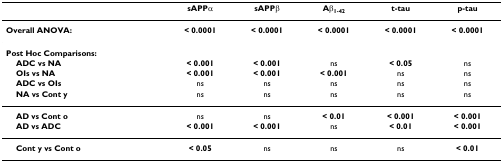
<table><thead><tr><td></td><td><b>sAPPα</b></td><td><b>sAPPβ</b></td><td><b>Aβ<sub>1-42</sub></b></td><td><b>t-tau</b></td><td><b>p-tau</b></td></tr></thead><tbody><tr><td><b>Overall ANOVA:</b></td><td><b>&lt; 0.0001</b></td><td><b>&lt; 0.0001</b></td><td><b>&lt; 0.0001</b></td><td><b>&lt; 0.0001</b></td><td><b>&lt; 0.0001</b></td></tr><tr><td><b>Post Hoc Comparisons:</b></td><td></td><td></td><td></td><td></td><td></td></tr><tr><td> <b>ADC vs NA</b></td><td><b>&lt; 0.001</b></td><td><b>&lt; 0.001</b></td><td>ns</td><td><b>&lt; 0.05</b></td><td>ns</td></tr><tr><td> <b>OIs vs NA</b></td><td><b>&lt; 0.001</b></td><td><b>&lt; 0.001</b></td><td><b>&lt; 0.001</b></td><td>ns</td><td>ns</td></tr><tr><td> <b>ADC vs OIs</b></td><td>ns</td><td>ns</td><td>ns</td><td>ns</td><td>ns</td></tr><tr><td> <b>NA vs Cont y</b></td><td>ns</td><td>ns</td><td>ns</td><td>ns</td><td>ns</td></tr><tr><td> <b>AD vs Cont o</b></td><td>ns</td><td>ns</td><td><b>&lt; 0.01</b></td><td><b>&lt; 0.001</b></td><td><b>&lt; 0.001</b></td></tr><tr><td> <b>AD vs ADC</b></td><td><b>&lt; 0.001</b></td><td><b>&lt; 0.001</b></td><td>ns</td><td><b>&lt; 0.01</b></td><td><b>&lt; 0.001</b></td></tr><tr><td> <b>Cont y vs Cont o</b></td><td><b>&lt; 0.05</b></td><td>ns</td><td>ns</td><td>ns</td><td><b>&lt; 0.01</b></td></tr></tbody></table>